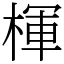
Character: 楎